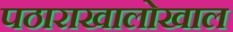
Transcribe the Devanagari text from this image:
पठाराखालोखाल